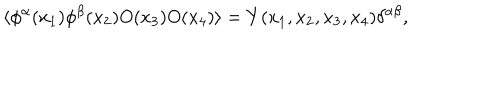
\langle \phi ^ { \alpha } ( x _ { 1 } ) \phi ^ { \beta } ( x _ { 2 } ) O ( x _ { 3 } ) O ( x _ { 4 } ) \rangle = Y ( x _ { 1 } , x _ { 2 } , x _ { 3 } , x _ { 4 } ) \delta ^ { \alpha \beta } ,